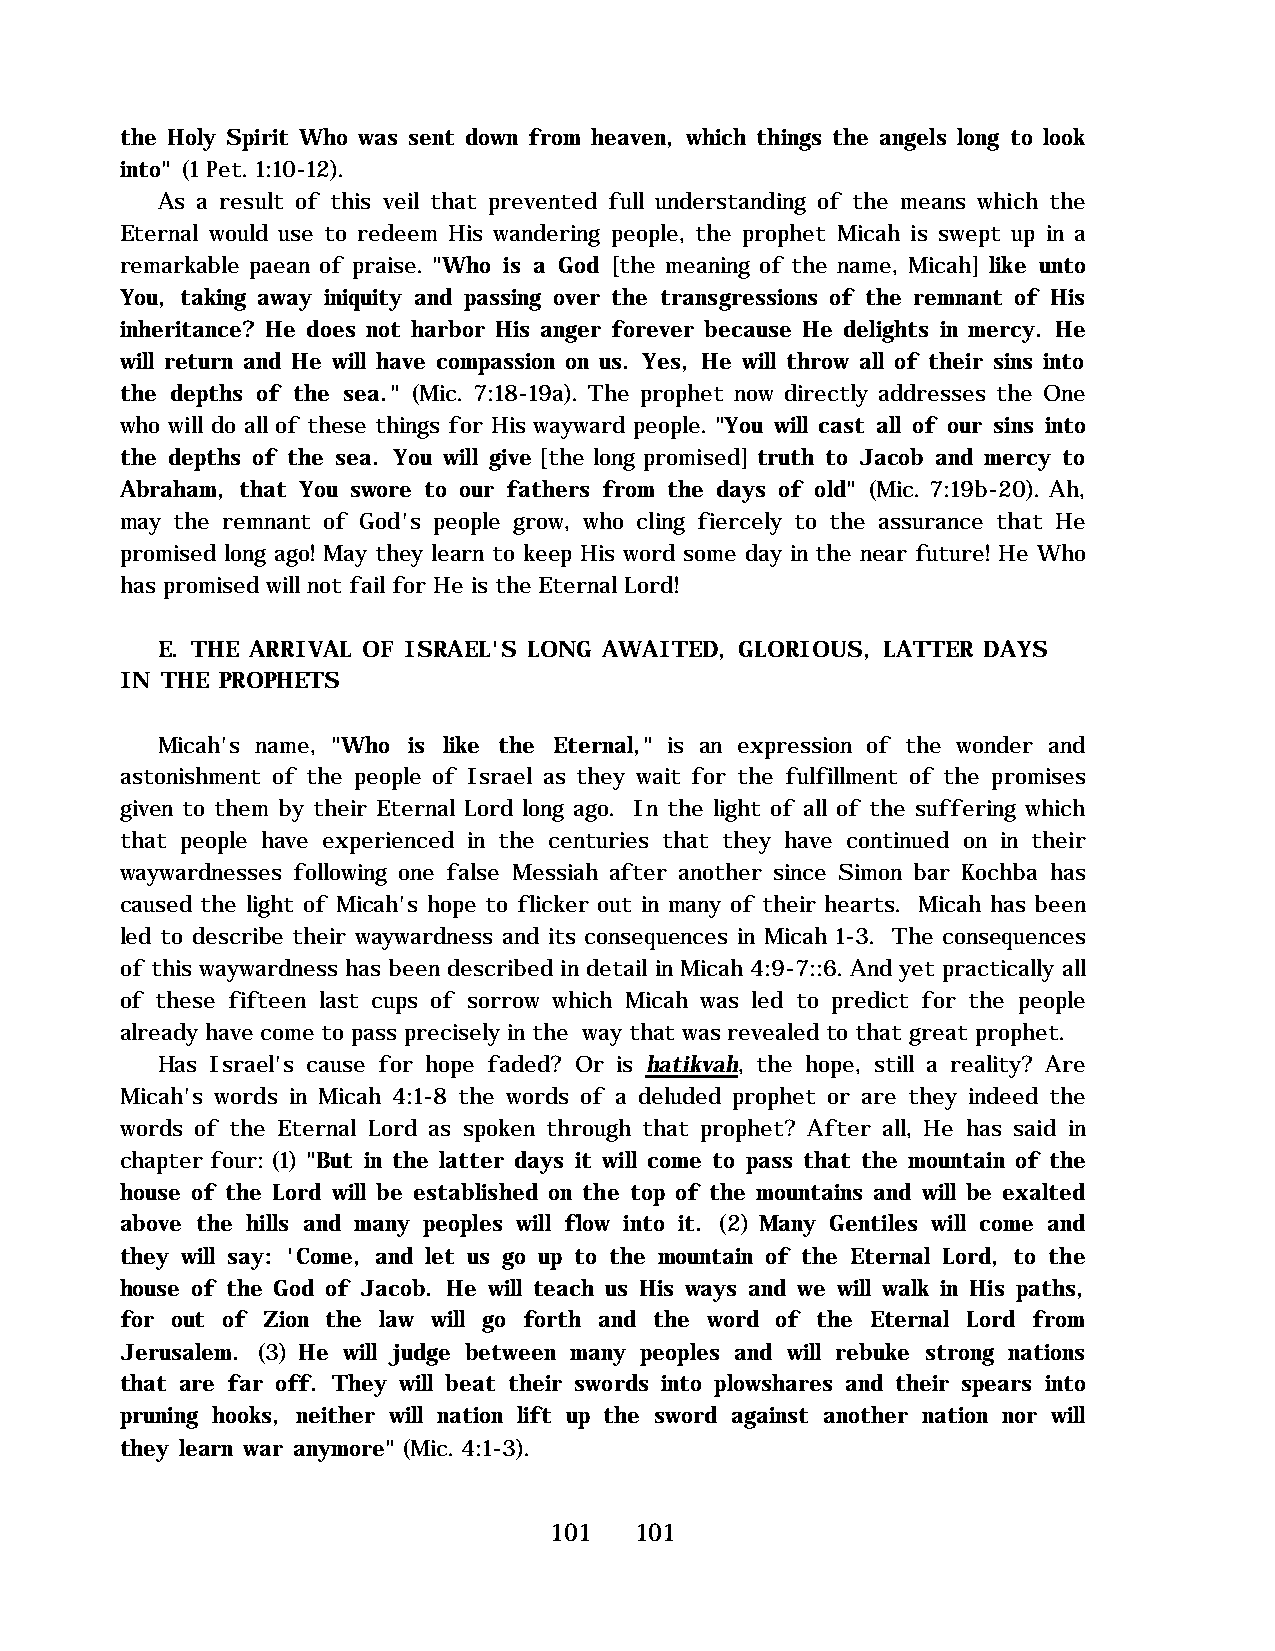
the Holy Spirit Who was sent down from heaven, which things the angels long to look
 into" (1 Pet. 1:10-12).
 As a result of this veil that prevented full understanding of the means which the
 Eternal would use to redeem His wandering people, the prophet Micah is swept up in a
 remarkable paean of praise. "Who is a God [the meaning of the name, Micah] like unto
 You, taking away iniquity and passing over the transgressions of the remnant of His
 inheritance? He does not harbor His anger forever because He delights in mercy. He
 will return and He will have compassion on us. Yes, He will throw all of their sins into
 the depths of the sea." (Mic. 7:18-19a). The prophet now directly addresses the One
 who will do all of these things for His wayward people. "You will cast all of our sins into
 the depths of the sea. You will give [the long promised] truth to Jacob and mercy to
 Abraham, that You swore to our fathers from the days of old" (Mic. 7:19b-20). Ah,
 may the remnant of God's people grow, who cling fiercely to the assurance that He
 promised long ago! May they learn to keep His word some day in the near future! He Who
 has promised will not fail for He is the Eternal Lord!
 E. THE ARRIVAL OF ISRAEL'S LONG AWAITED, GLORIOUS, LATTER DAYS
 IN THE PROPHETS
 Micah's name, "Who is like the Eternal," is an expression of the wonder and
 astonishment of the people of Israel as they wait for the fulfillment of the promises
 given to them by their Eternal Lord long ago. In the light of all of the suffering which
 that people have experienced in the centuries that they have continued on in their
 waywardnesses following one false Messiah after another since Simon bar Kochba has
 caused the light of Micah's hope to flicker out in many of their hearts. Micah has been
 led to describe their waywardness and its consequences in Micah 1-3. The consequences
 of this waywardness has been described in detail in Micah 4:9-7::6. And yet practically all
 of these fifteen last cups of sorrow which Micah was led to predict for the people
 already have come to pass precisely in the way that was revealed to that great prophet.
 Has Israel's cause for hope faded? Or is hatikvah, the hope, still a reality? Are
 Micah's words in Micah 4:1-8 the words of a deluded prophet or are they indeed the
 words of the Eternal Lord as spoken through that prophet? After all, He has said in
 chapter four: (1) "But in the latter days it will come to pass that the mountain of the
 house of the Lord will be established on the top of the mountains and will be exalted
 above the hills and many peoples will flow into it. (2) Many Gentiles will come and
 they will say: 'Come, and let us go up to the mountain of the Eternal Lord, to the
 house of the God of Jacob. He will teach us His ways and we will walk in His paths,
 for out of Zion the law will go forth and the word of the Eternal Lord from
 Jerusalem. (3) He will judge between many peoples and will rebuke strong nations
 that are far off. They will beat their swords into plowshares and their spears into
 pruning hooks, neither will nation lift up the sword against another nation nor will
 they learn war anymore" (Mic. 4:1-3).
 101   101